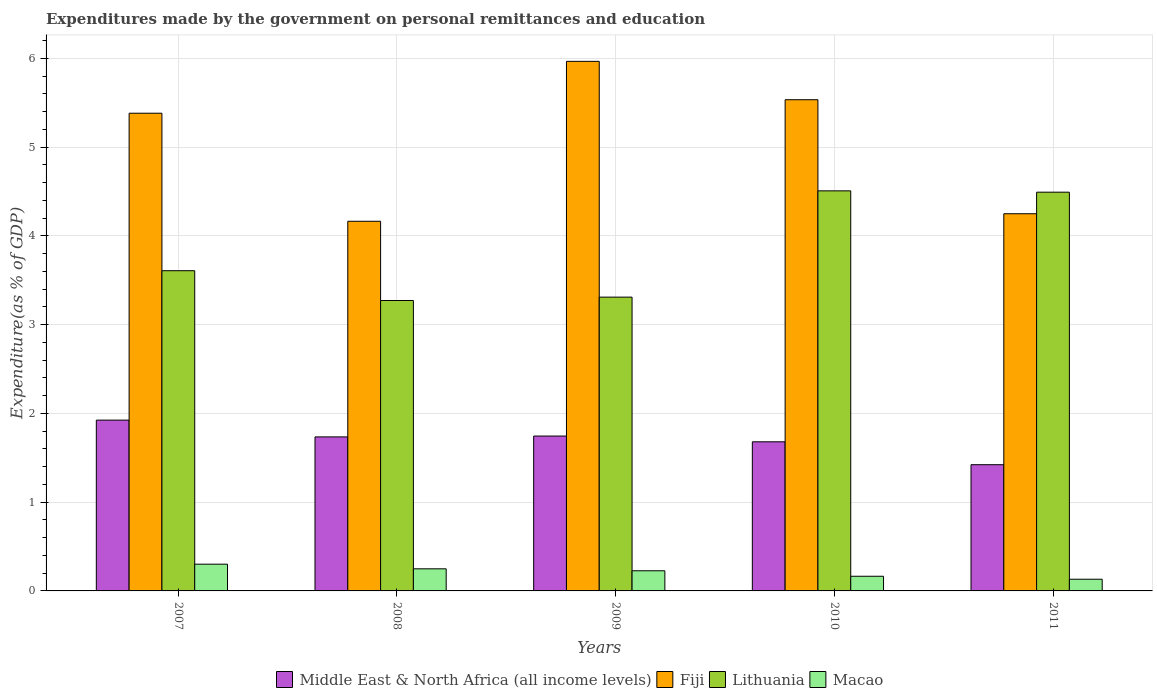
| Years | Middle East & North Africa (all income levels) | Fiji | Lithuania | Macao |
 | --- | --- | --- | --- | --- |
 | 2007 | 1.92 | 5.38 | 3.61 | 0.301 |
 | 2008 | 1.73 | 4.16 | 3.27 | 0.249 |
 | 2009 | 1.74 | 5.97 | 3.31 | 0.227 |
 | 2010 | 1.68 | 5.53 | 4.51 | 0.165 |
 | 2011 | 1.42 | 4.25 | 4.49 | 0.132 |